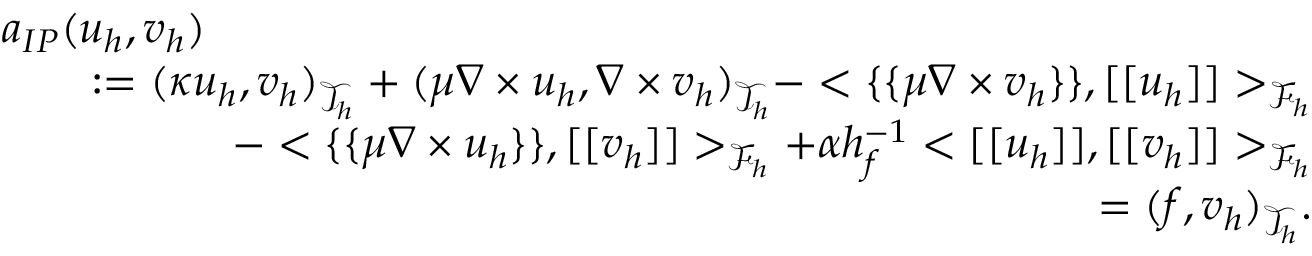
\begin{array} { r l r } { \lefteqn { a _ { I P } ( \boldsymbol { u } _ { h } , \boldsymbol { v } _ { h } ) } } \\ & { } & { : = ( \kappa \boldsymbol { u } _ { h } , \boldsymbol { v } _ { h } ) _ { \mathcal { T } _ { h } } + ( \mu \nabla \times \boldsymbol { u } _ { h } , \nabla \times \boldsymbol { v } _ { h } ) _ { \mathcal { T } _ { h } } - < \{ \{ \mu \nabla \times \boldsymbol { v } _ { h } \} \} , [ [ \boldsymbol { u } _ { h } ] ] > _ { \mathcal { F } _ { h } } } \\ & { } & { \quad - < \{ \{ \mu \nabla \times \boldsymbol { u } _ { h } \} \} , [ [ \boldsymbol { v } _ { h } ] ] > _ { \mathcal { F } _ { h } } + \alpha h _ { f } ^ { - 1 } < [ [ \boldsymbol { u } _ { h } ] ] , [ [ \boldsymbol { v } _ { h } ] ] > _ { \mathcal { F } _ { h } } } \\ & { } & { = ( \boldsymbol { f } , \boldsymbol { v } _ { h } ) _ { \mathcal { T } _ { h } } . } \end{array}